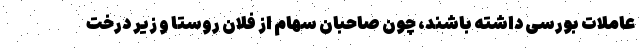
عاملات بورسی داشته باشند، چون صاحبان سهام از فلان روستا و زیر درخت